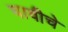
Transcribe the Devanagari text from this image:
चावीचे